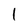
Character: l